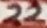
Text: 22